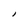
Character: I